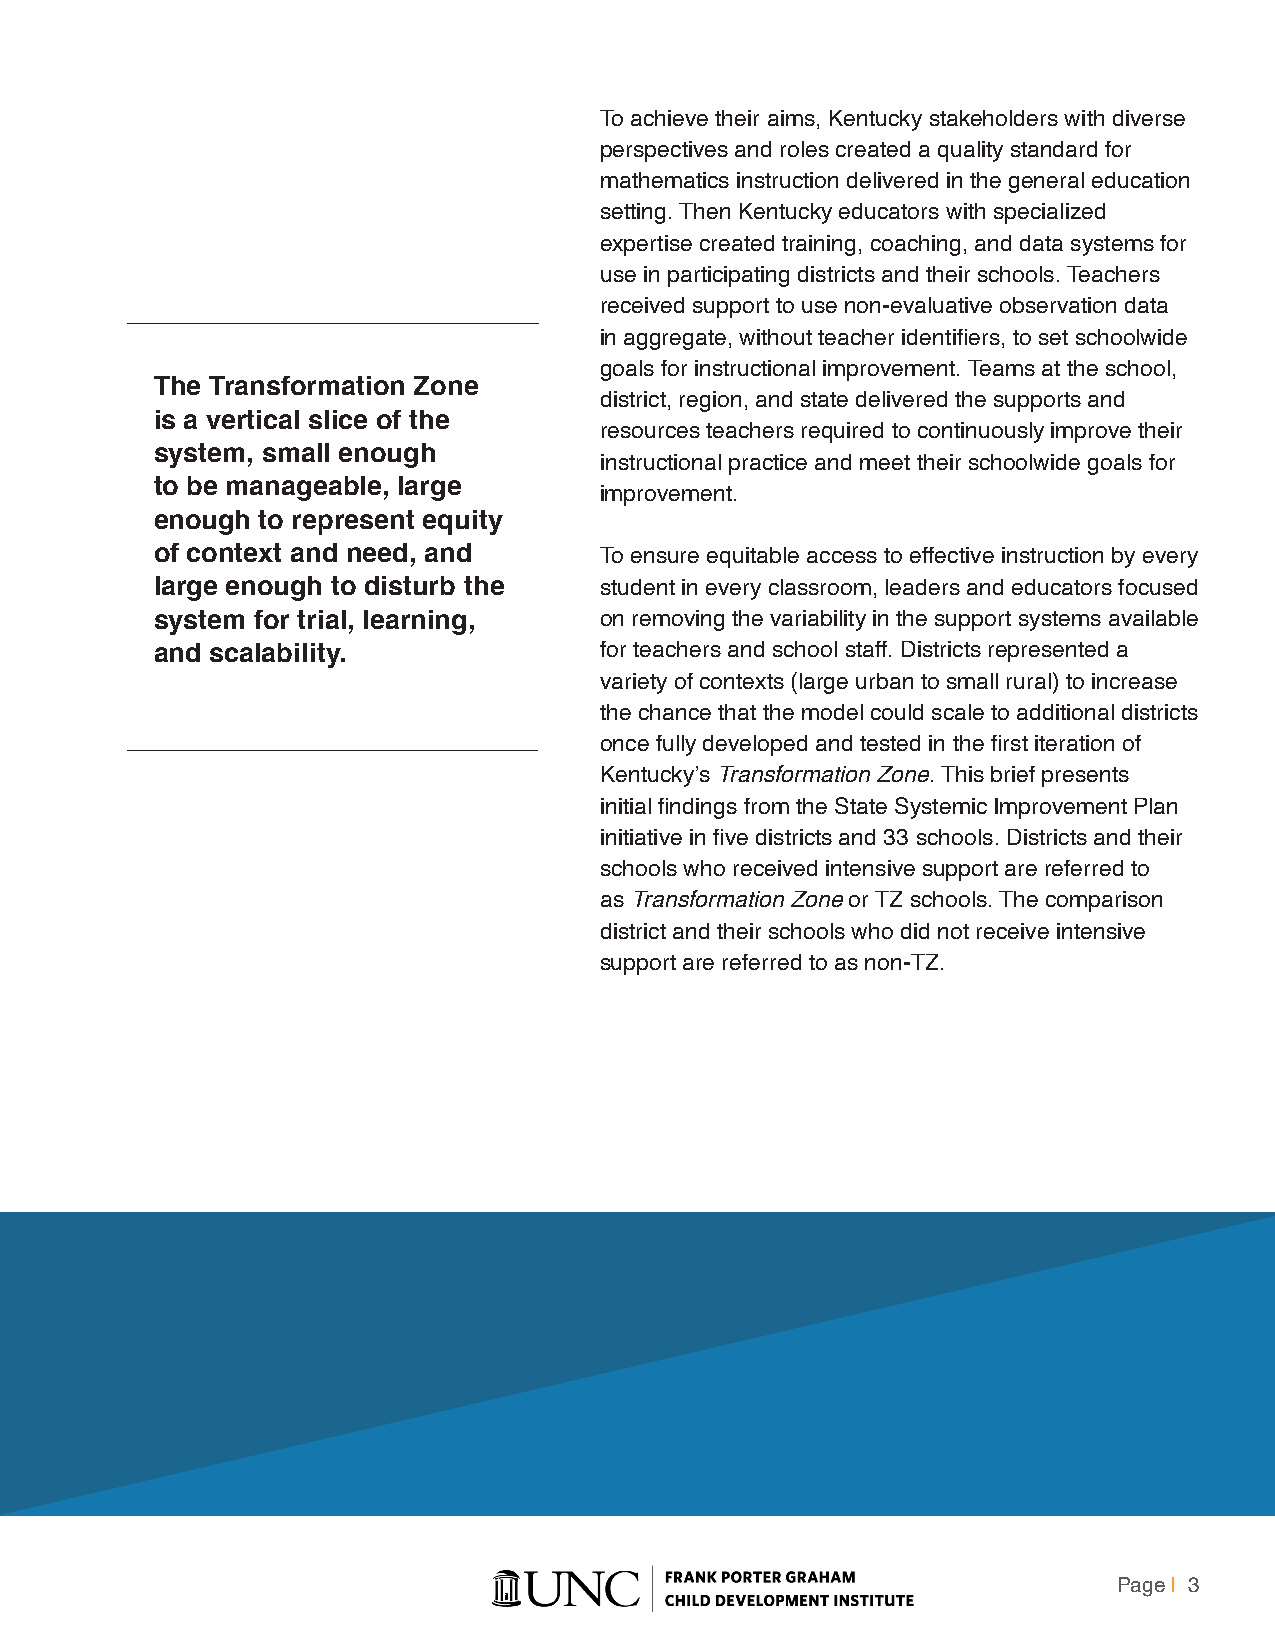
To achieve their aims, Kentucky stakeholders with diverse
 perspectives and roles created a quality standard for
 mathematics instruction delivered in the general education
 setting. Then Kentucky educators with specialized
 expertise created training, coaching, and data systems for
 use in participating districts and their schools. Teachers
 received support to use non-evaluative observation data
 in aggregate, without teacher identifiers, to set schoolwide
 goals for instructional improvement. Teams at the school,
 The Transformation Zone
 district, region, and state delivered the supports and
 is a vertical slice of the
 resources teachers required to continuously improve their
 system, small enough
 instructional practice and meet their schoolwide goals for
 to be manageable, large
 improvement.
 enough to represent equity
 of context and need, and      To ensure equitable access to effective instruction by every
 large enough to disturb the   student in every classroom, leaders and educators focused
 system for trial, learning,   on removing the variability in the support systems available
 and scalability.              for teachers and school staff. Districts represented a
 variety of contexts (large urban to small rural) to increase
 the chance that the model could scale to additional districts
 once fully developed and tested in the first iteration of
 Kentucky’s Transformation Zone. This brief presents
 initial findings from the State Systemic Improvement Plan
 initiative in five districts and 33 schools. Districts and their
 schools who received intensive support are referred to
 as Transformation Zone or TZ schools. The comparison
 district and their schools who did not receive intensive
 support are referred to as non-TZ.
 Page | 3